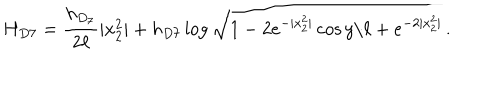
LaTeX: H _ { D 7 } = \frac { h _ { D _ { 7 } } } { 2 \ell } | x _ { 2 } ^ { 2 } | + h _ { D 7 } \log { \sqrt { 1 - 2 e ^ { - | x _ { 2 } ^ { 2 } | } \cos { y / \ell } + e ^ { - 2 | x _ { 2 } ^ { 2 } | } } } \, .